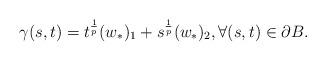
LaTeX: \begin{align*} \gamma(s,t)= t^{\frac{1}{p}}(w_*)_1+s^{\frac{1}{p}}(w_*)_2, \forall (s,t) \in \partial B.\end{align*}